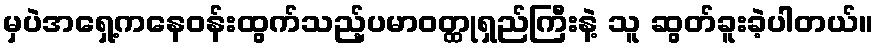
မှပဲအရှေ့ကနေဝန်းထွက်သည့်ပမာဝတ္ထုရှည်ကြီးနဲ့ သူ ဆွတ်ခူးခဲ့ပါတယ်။